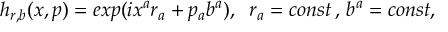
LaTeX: h _ { r , b } ( x , p ) = e x p ( i x ^ { a } r _ { a } + p _ { a } b ^ { a } ) , \; \; r _ { a } = c o n s t \, , \, b ^ { a } = c o n s t ,